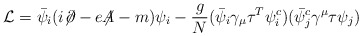
\begin{align*}{\cal L} = \bar{\psi}_i(i{\not\!\partial} -e{\not\!\!A} -m)\psi_i - \frac{g}{N} (\bar{\psi}_i \gamma_\mu\tau^T \psi^c_i) (\bar{\psi}^c_j\gamma^\mu\tau\psi_j)\end{align*}